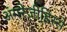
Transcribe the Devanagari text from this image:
अंगरेज़ीहिस्से